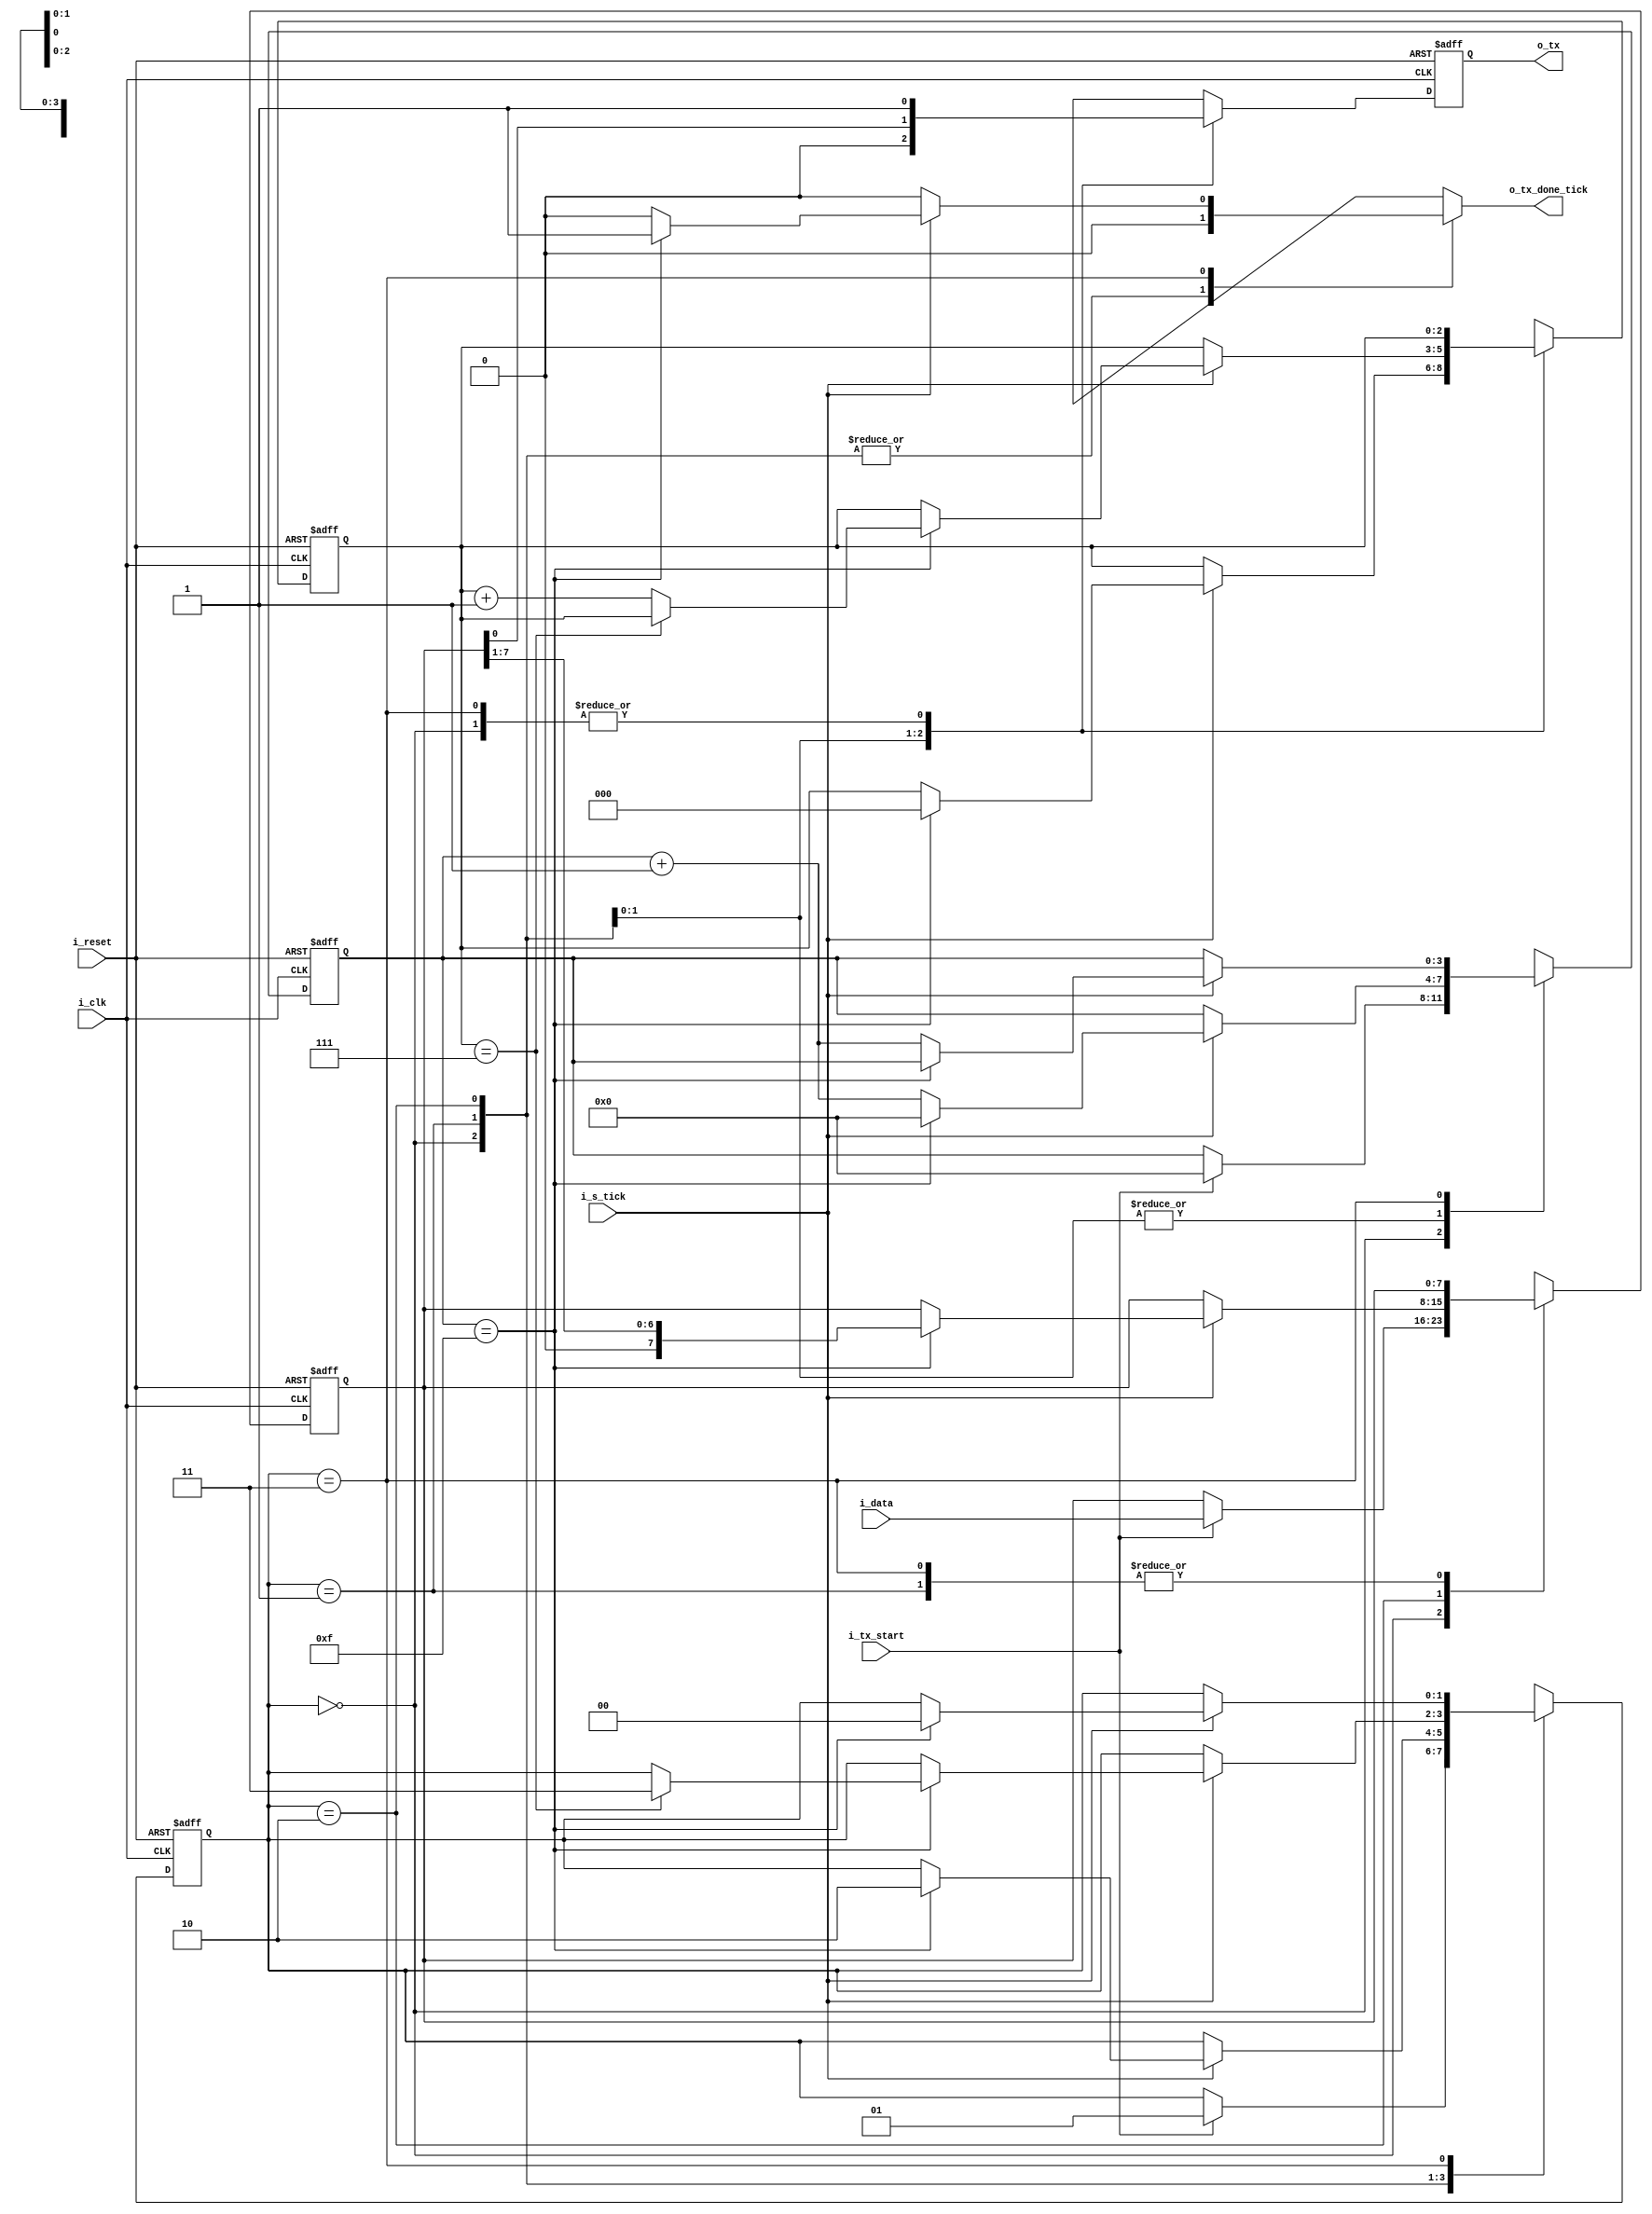
/**
    UART Transmiter Module
**/

module uart_tx
    #(
        // Parameters
        parameter   DBIT        =       8,      // # Data bits
                    SB_TICK     =       16      // # Ticks for stop bits (1 stop bit -> 16 ticks)
    )
    (
        // Inputs
        input wire                      i_clk,              // Clock
        input wire                      i_reset,            // Reset
        input wire                      i_tx_start,         // Start transmitting signal
        input wire                      i_s_tick,           // Enable tick from Baud-Rate generator
        input wire [DBIT-1 : 0]         i_data,               // Data to process and send
        // Outputs
        output reg                      o_tx_done_tick,     // Done Status Signal
        output wire                     o_tx                // Data transmited
    );

    //! State Declaration
    localparam [1:0]
        idle    =   2'b00,                  // Waiting
        start   =   2'b01,                  // Processing Start bit
        data    =   2'b10,                  // Processing Data bits
        stop    =   2'b11;                  // Processing Stop bit/s

    //! Signal declaration
    reg [1:0]           state_reg, state_next;      // State registers
    reg [3:0]           s_reg, s_next;              // Number of sampling ticks
    reg [2:0]           n_reg, n_next;              // Number of Data bits transmited in data state
    reg [DBIT-1:0]      b_reg, b_next;              // Data bits to be shifted
    reg                 tx_reg, tx_next;            // 1 bit buffer to filter glitches

    //! FSMD States and data registers
    always @(posedge i_clk, posedge i_reset) 
    begin
        if (i_reset)        // Reset system 
            begin
                state_reg <= idle;
                s_reg <= 0;
                n_reg <= 0;
                b_reg <= 0;
                tx_reg <= 1'b1;
            end
        else                // Next state assignments
            begin
                state_reg <= state_next;
                s_reg <= s_next;
                n_reg <= n_next;
                b_reg <= b_next;
                tx_reg <= tx_next;
            end
    end

    //! Next-State Logic
    always @(*) 
    begin
        // Initial assignments
        state_next = state_reg;
        o_tx_done_tick = 1'b0;
        s_next = s_reg;
        n_next = n_reg;
        b_next = b_reg;
        tx_next = tx_reg;

        // Oversampling procedure (16 times the baud rate)
        case (state_reg)
            idle:       //! IDLE STATE
                begin
                    tx_next = 1'b1;
                    if (i_tx_start)     // Received Start Transmitting signal
                        begin
                            state_next = start;     // Start transmitting
                            s_next = 0;             // Start counting sampling ticks
                            b_next = i_data;        // Data to process and transmit
                        end
                end
            start:      //! START BIT STATE
                begin           
                    tx_next = 1'b0;
                    if (i_s_tick)           // Sampling tick received
                        if (s_reg == 15)        // Middle point of start bit
                            begin
                                state_next = data;      // Start processing data bits
                                s_next = 0;             // Reset sampling ticks counter
                                n_next = 0;             // Start counting data bits transmited
                            end
                        else                    // Otherwise...
                            s_next = s_reg + 1;         // ... keep counting sampling ticks
                end
            data:       //! DATA BITS STATE
                begin
                    tx_next = b_reg[0];
                    if (i_s_tick)           // Sampling tick received
                        if (s_reg == 15)            // Middle point of data bit
                            begin
                                s_next = 0;                 // Reset sampling tick counter
                                b_next = b_reg >> 1;        // Shift data value 
                                if (n_reg == (DBIT - 1))    // If we transmited all data bits...
                                    state_next = stop;          // ... start counting stop bits
                                else                        // Otherwise...
                                    n_next = n_reg + 1;         // ... keep counting data bits
                            end
                        else                        // Otherwise...
                            s_next = s_reg + 1;             // ... keep counting sampling ticks
                end
            stop:       //! STOP BIT/S STATE
                begin
                    tx_next = 1'b1;
                    if (i_s_tick)           // Sampling tick received
                        if (s_reg == (SB_TICK - 1))     // If we transmited all stop bits
                            begin
                                state_next = idle;          // Stop transmitting
                                o_tx_done_tick = 1'b1;      // Assert done state
                            end
                        else                            // Otherwise...
                            s_next = s_reg + 1;             // ... keep counting sampling ticks
                end     
            default: state_next = idle;     // Default state: Idle
        endcase
    end

    //! Output Data
    assign o_tx = tx_reg; //TODO tx_reg o b_reg?? 

endmodule